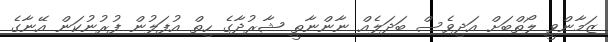
ޒަމާންވީ ލޯތްބަށް އަދިވެސް ބަދަލެއް ނާންނާތީ ޝާރުދާގެ ހިތް އުފަލުން ފުރުނުކަން އޭނާގެ